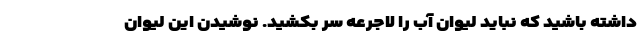
داشته باشید که نباید لیوان آب را لاجرعه سر بکشید. نوشیدن این لیوان